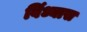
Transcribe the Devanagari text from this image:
विंध्यास